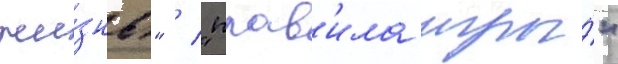
жи́знь" / "прав'ила игры́"